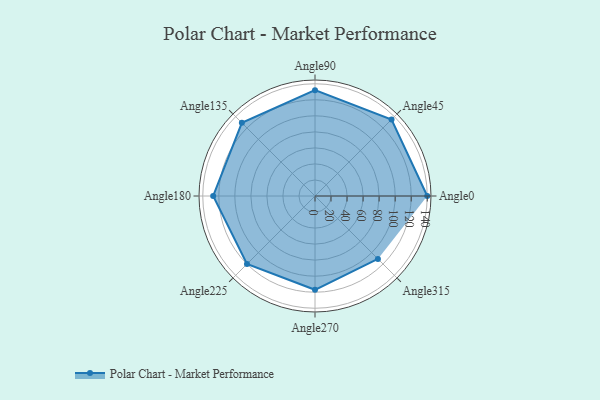
{"axis": {"x": "Angle", "y": "Radius"}, "legend": [""], "data": [{"x": "Angle0", "y": 140.0, "type": ""}, {"x": "Angle45", "y": 135.0, "type": ""}, {"x": "Angle90", "y": 132.0, "type": ""}, {"x": "Angle135", "y": 129.0, "type": ""}, {"x": "Angle180", "y": 127.0, "type": ""}, {"x": "Angle225", "y": 120.0, "type": ""}, {"x": "Angle270", "y": 117.0, "type": ""}, {"x": "Angle315", "y": 111.0, "type": ""}]}